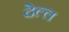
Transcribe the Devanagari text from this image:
देल्ल